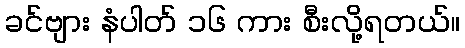
ခင်ဗျား နံပါတ် ၁၆ ကား စီးလို့ရတယ်။